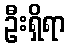
ဦးရှိရာ